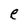
Character: e